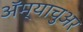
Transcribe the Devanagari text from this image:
अॅम्याचुअर